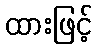
ထားဖြင့်